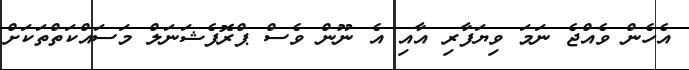
އެހެން ވެއްޖެ ނަމަ ވިޔަފާރި އާއި އެ ނޫން ވެސް ޕްރޮފެޝަނަލް މަސައްކަތްތަކަށް